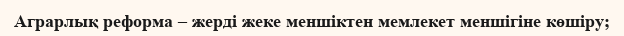
Аграрлық реформа – жерді жеке меншіктен мемлекет меншігіне көшіру;